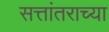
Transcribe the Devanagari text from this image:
सत्तांतराच्या